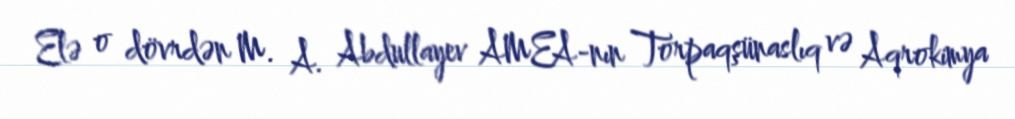
Elə o dövrdən M. A. Abdullayev AMEA-nın Torpaqşünaslıq və Aqrokimya